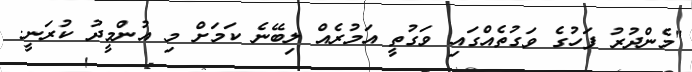
"މެންދުރު ފަހުގެ ވަގުތެއްގައި ވަގުތީ އަމުރެއް ލިބޭނެ ކަމަށް މި އުންމީދު ކުރަނީ.